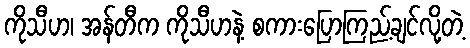
ကိုသီဟ၊ အန်တီက ကိုသီဟနဲ့ စကားပြောကြည့်ချင်လို့တဲ့